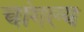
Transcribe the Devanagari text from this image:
चांगल्य